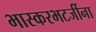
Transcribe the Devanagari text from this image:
भास्करभटजींना